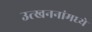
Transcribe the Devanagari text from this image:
उत्खननांमध्ये